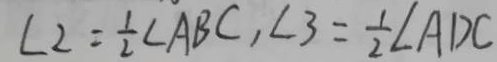
\angle 2 = \frac { 1 } { 2 } \angle A B C , \angle 3 = \frac { 1 } { 2 } \angle A D C